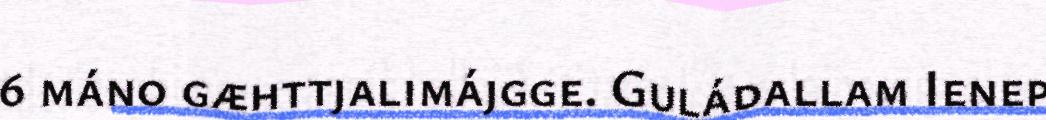
6 máno gæhttjalimájgge. Guládallam Ienep